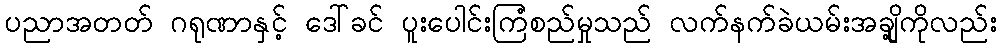
ပညာအတတ် ဂရုဏာနှင့် ဒေါ်ခင် ပူးပေါင်းကြံစည်မှုသည် လက်နက်ခဲယမ်းအချို့ကိုလည်း